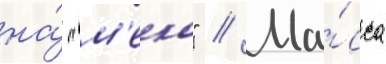
на́ "м'еко" // Ма́сса